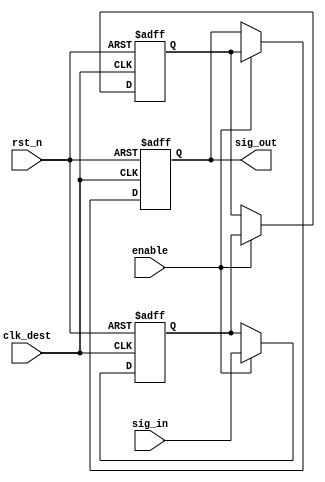
module signal_level_crossing_synchronizer #(
    parameter WIDTH = 1  // Width of the input signal
)(
    input wire clk_dest,          // Destination clock
    input wire rst_n,             // Asynchronous active-low reset
    input wire enable,            // Enable signal for the synchronizer
    input wire [WIDTH-1:0] sig_in, // Input signal from source clock domain
    output reg [WIDTH-1:0] sig_out // Synchronized output signal
);

    // Internal signals for the two-stage synchronizer
    reg [WIDTH-1:0] sync_ff1;
    reg [WIDTH-1:0] sync_ff2;

    // Synchronization process
    always @(posedge clk_dest or negedge rst_n) begin
        if (!rst_n) begin
            // Asynchronous reset
            sync_ff1 <= {WIDTH{1'b0}};
            sync_ff2 <= {WIDTH{1'b0}};
            sig_out <= {WIDTH{1'b0}};
        end else if (enable) begin
            // First stage of synchronization
            sync_ff1 <= sig_in;
            // Second stage of synchronization
            sync_ff2 <= sync_ff1;
            // Output the synchronized signal
            sig_out <= sync_ff2;
        end
    end

endmodule